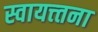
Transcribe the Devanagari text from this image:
स्वायत्त्तना